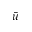
\Bar { u }